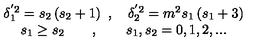
\begin{array} { c } { \delta _ { 1 } ^ { ^ { \prime } 2 } = s _ { 2 } \left( s _ { 2 } + 1 \right) \ , \quad \delta _ { 2 } ^ { ^ { \prime } 2 } = m ^ { 2 } s _ { 1 } \left( s _ { 1 } + 3 \right) } \\ { s _ { 1 } \geq s _ { 2 } \qquad , \qquad s _ { 1 } , s _ { 2 } = 0 , 1 , 2 , . . . } \\ \end{array}